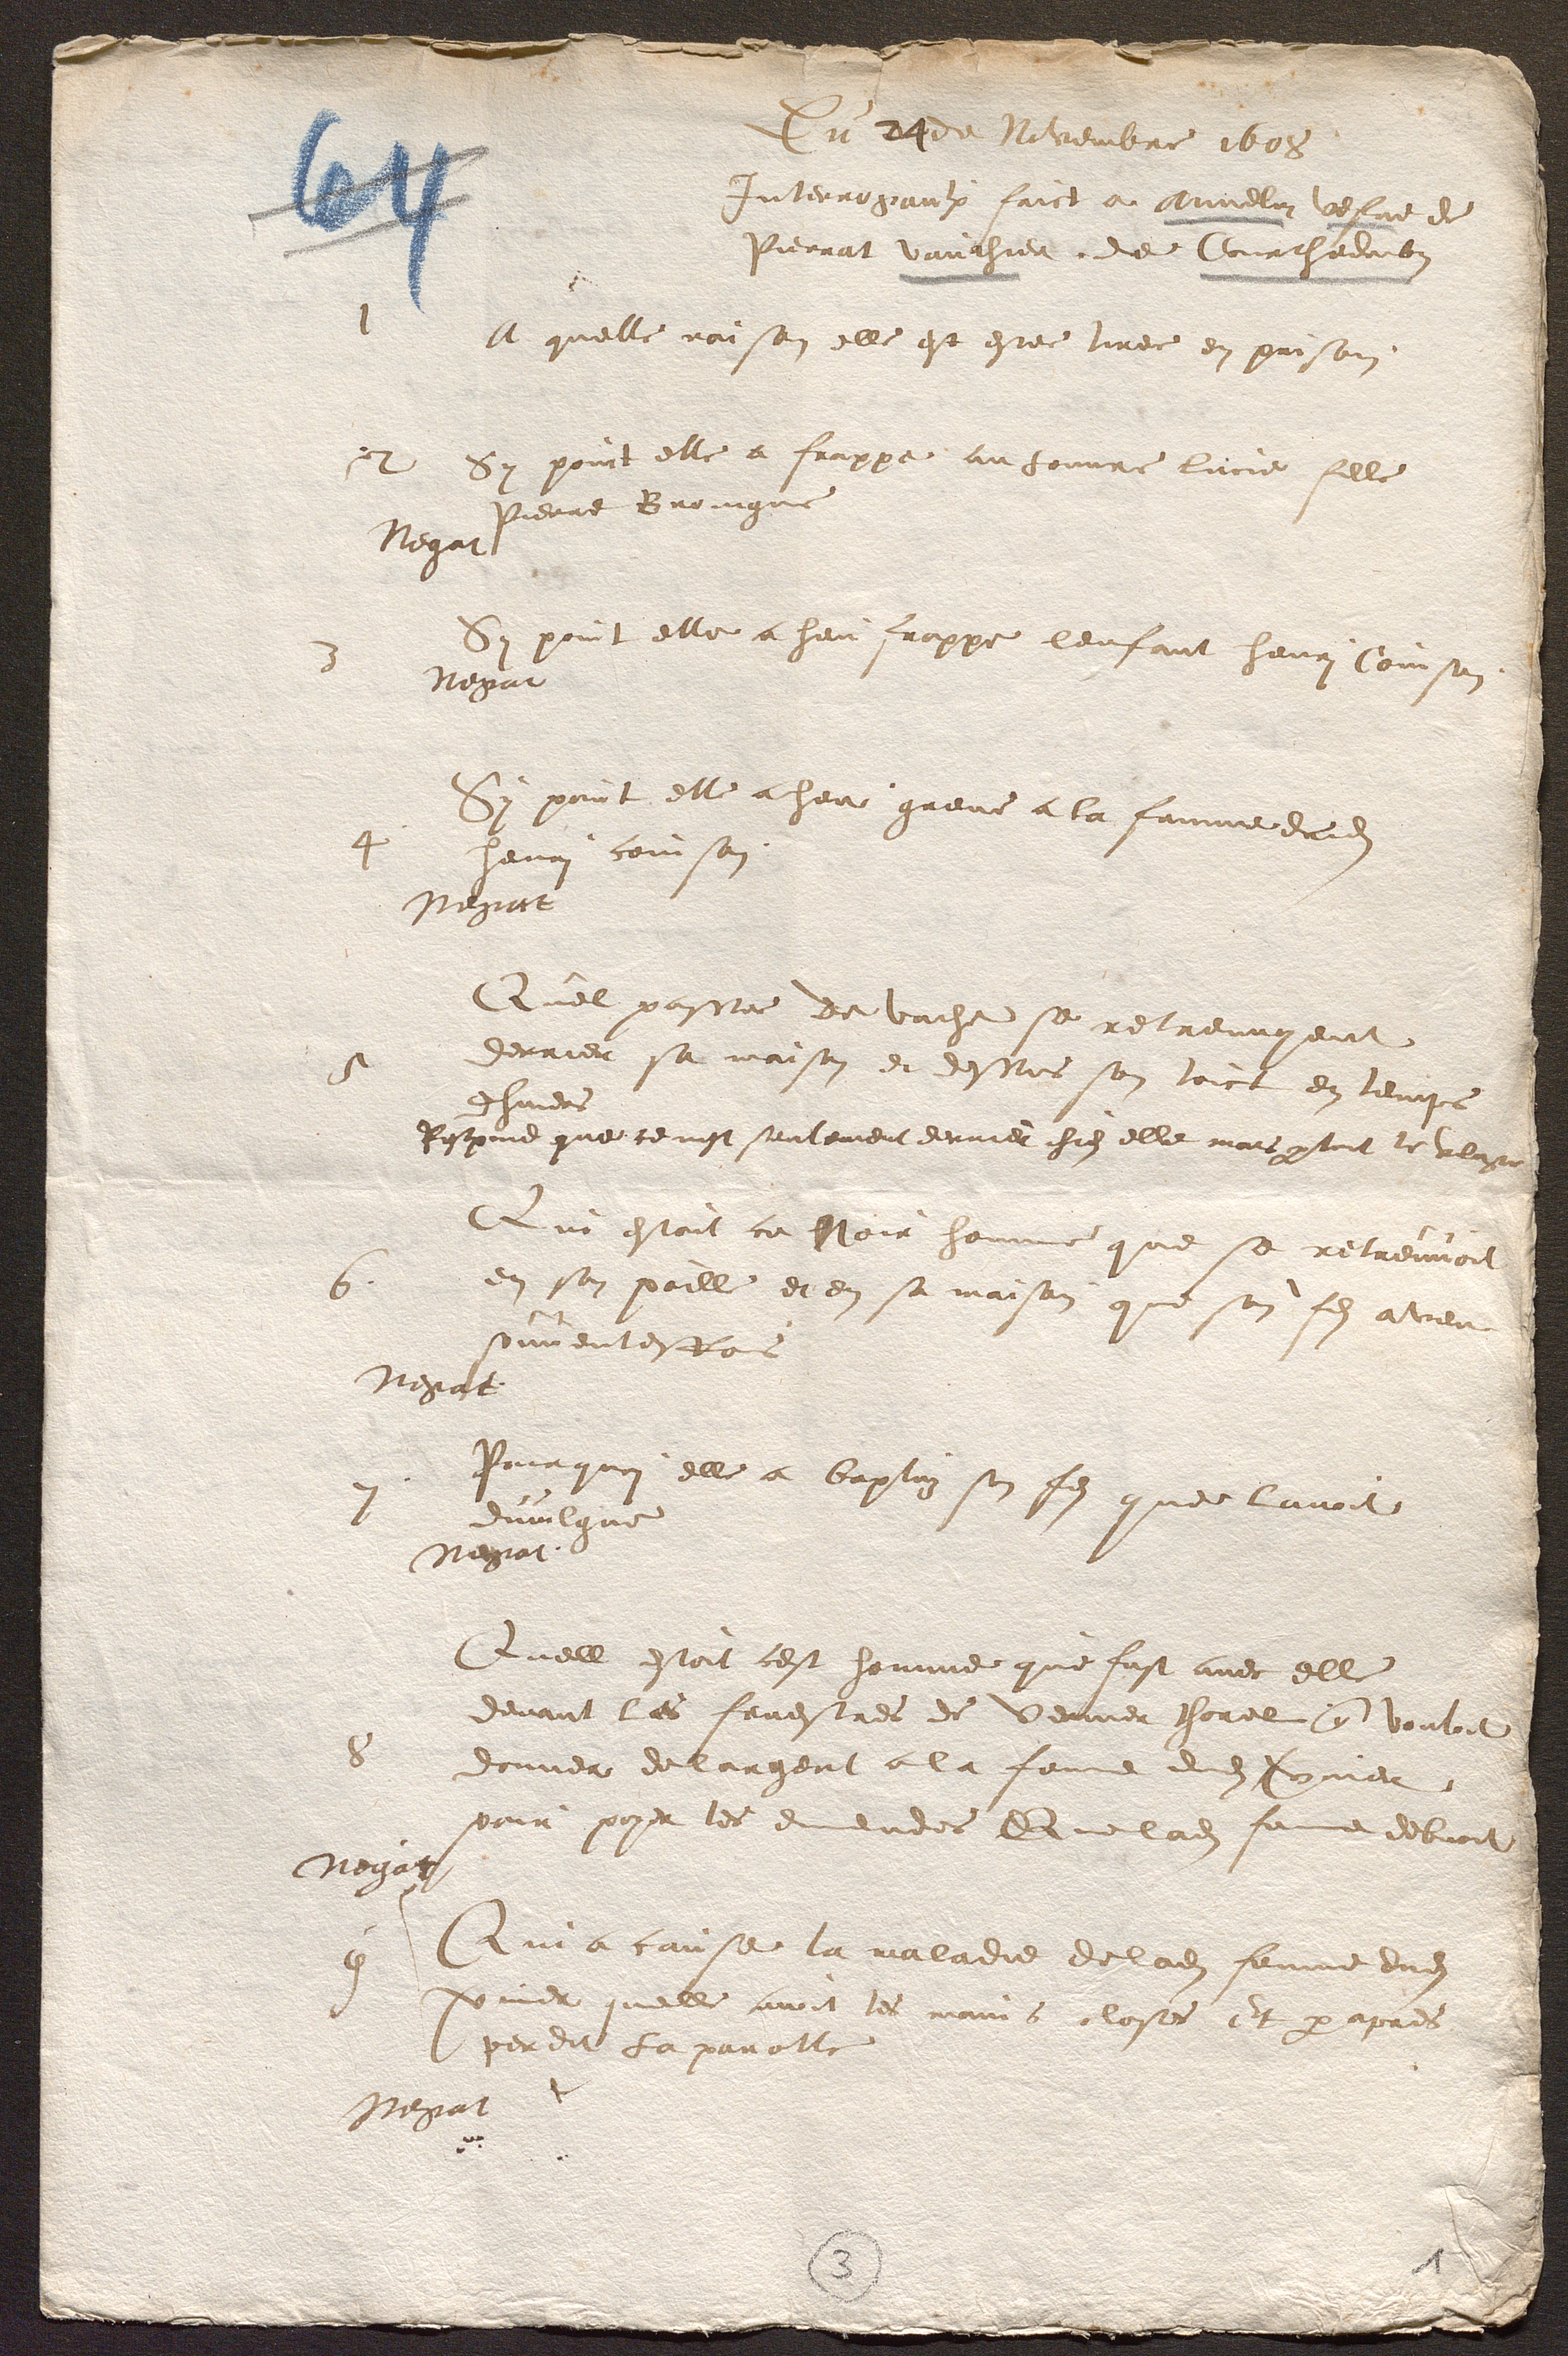
3

1
Du 24 de Novembre 1608
Interrogaulx faict a Annelin vefve de
Pierrat vauthier, de Courthedoubs
A quelle raison elle est estee tiree en prison.
2 Sy point elle a frappe au Louvre lucie fille
Pierre Broingne
Negat
Sy point elle a heu frappe lenfant henri Coinson
Negat
Sy point elle a heu greve a la femme dudit
4
henri Coinson
Negat
Quel passes de vache se retreuvyent
derrier sa maison et dessus son toict en temps
5
dhivers
Respond que ce nest seulement derrier chies elle mais partout le vilage
Qui estoit ce Noir homme que se retreuvoit
6
en son poille et en sa maison que son fils aveu
souventesfois
Negat
Pourquoi elle a baptuz son fils que lavoit
divulgue
Negat
Quell estoit cest homme que fust avec elle
devant les fenestres de Vernier thorel que vouloit
8
donner de largent a la femme dudit Vernier
pour payer les emendes Que ladite femme debvoit
Negat
Qui a cause la maladie de ladite femme dudit
9
vernier quelle avoit les mains closes Et par apres
perdit La parolle
Negat